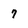
Character: 7